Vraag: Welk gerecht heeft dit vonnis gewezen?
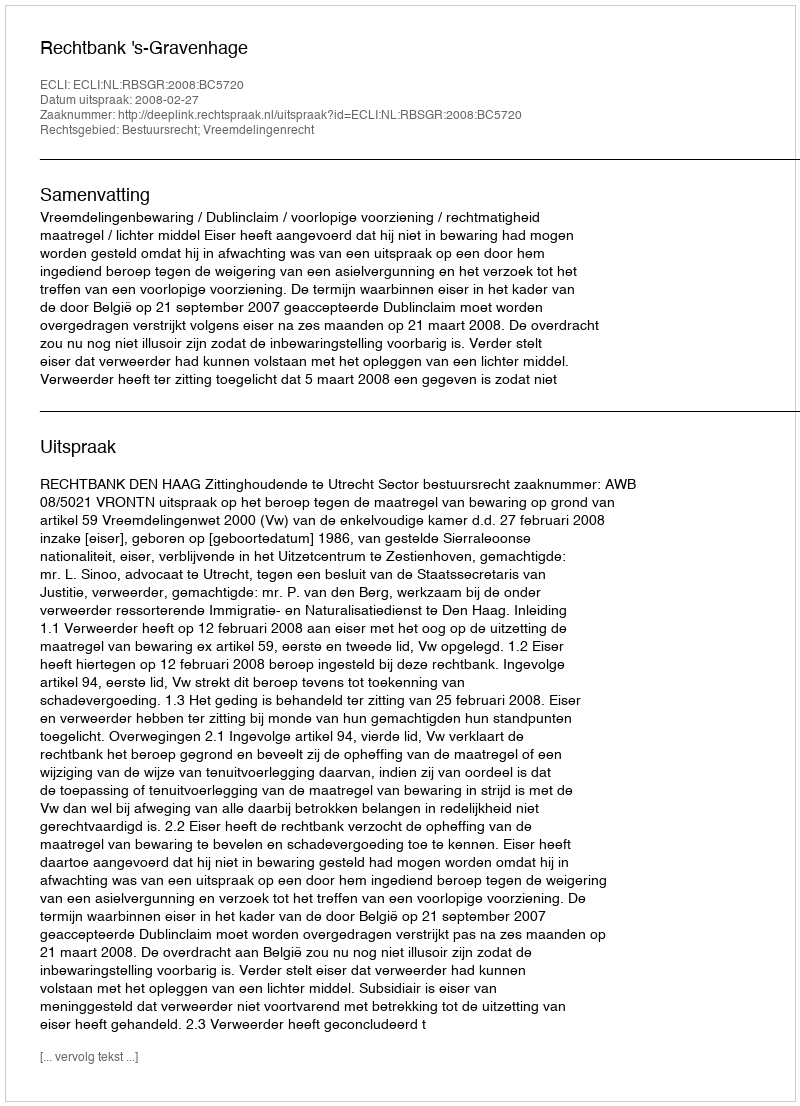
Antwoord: Rechtbank 's-Gravenhage